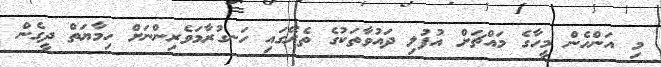
މި އަންހެން މީހާގެ މައްޗަށް އުފުލި ދައުވާތަކުގެ ތެރޭގައި ހަނގުރާމަވެރިންނަށް ހިމާޔަތް ދީގެން